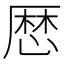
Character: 厯